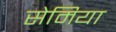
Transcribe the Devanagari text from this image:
सेमिया